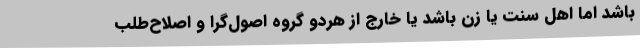
باشد اما اهل سنت یا زن باشد یا خارج از هردو گروه اصول‌گرا و اصلاح‌طلب